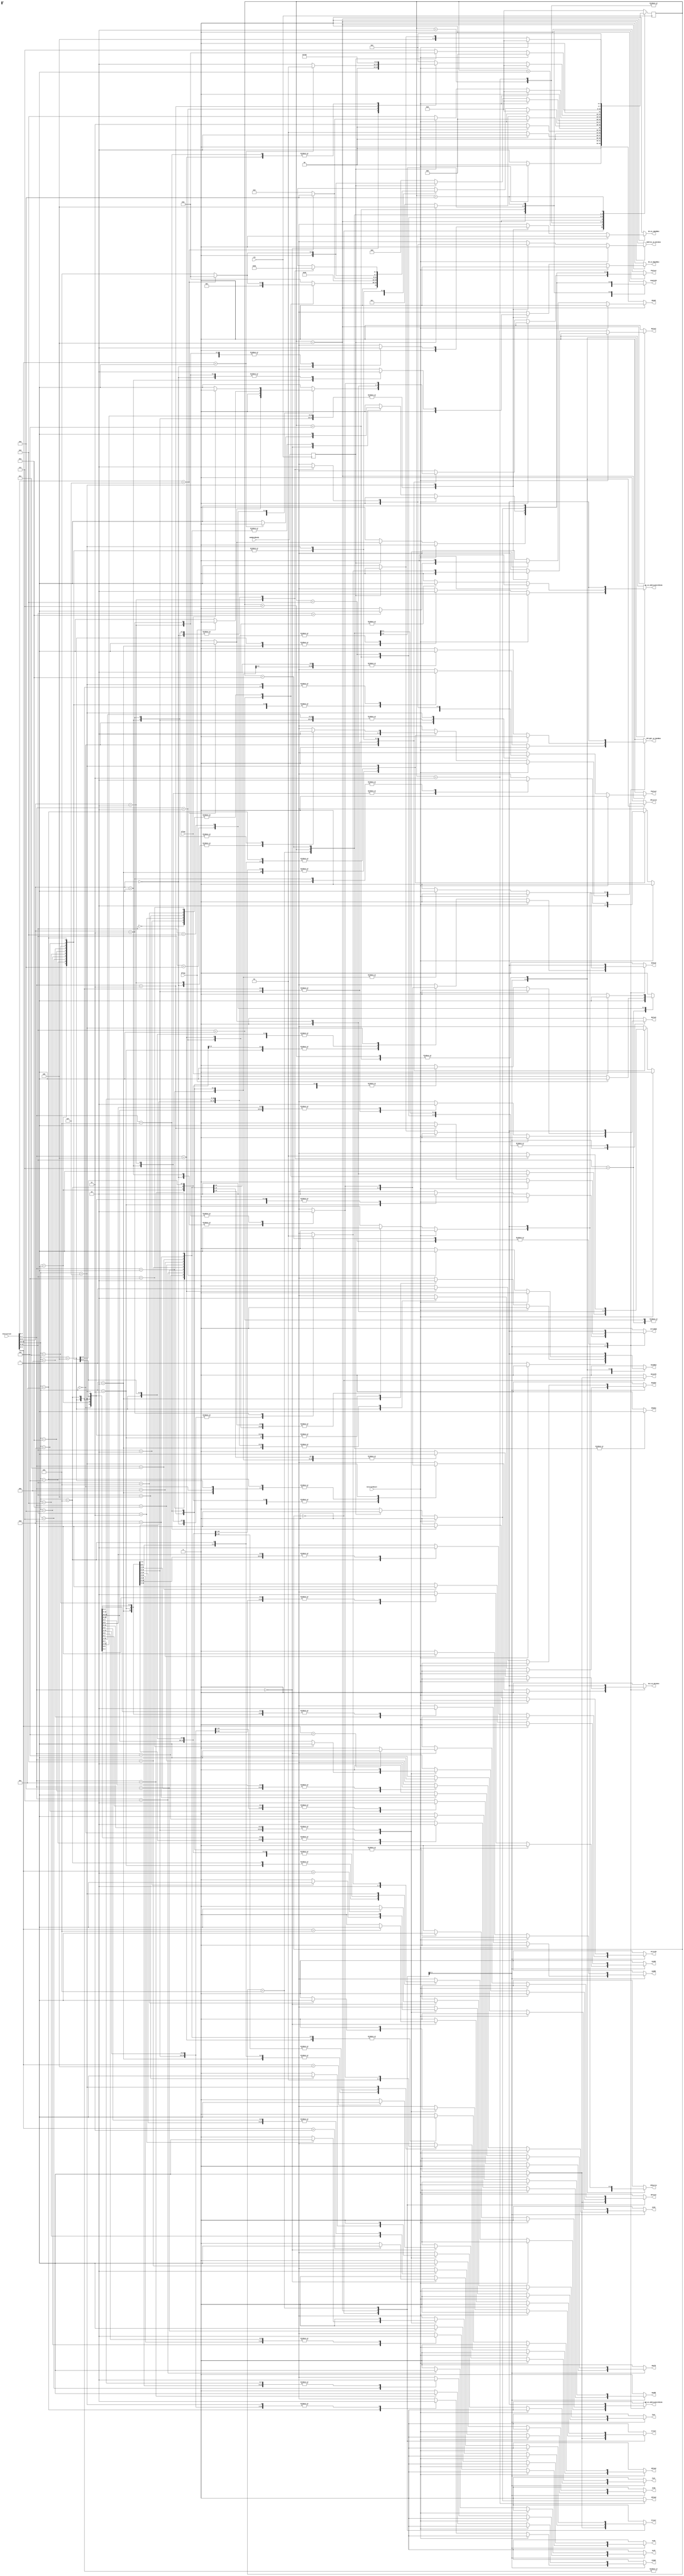
// SAYEH Controller

`timescale 1ns/100ps

module controller (
  ExternalReset, clk,
    ResetPC, PCplusI, PCplus1, RplusI, Rplus0,
    Rs_on_AddressUnitRSide, Rd_on_AddressUnitRSide, EnablePC, 
    B15to0, AandB, AorB, notB, shlB, shrB, AaddB, AsubB, AmulB, AcmpB,
    RFLwrite, RFHwrite,
    WPreset, WPadd, IRload, SRload, 
    Address_on_Databus, ALU_on_Databus, IR_on_LOpndBus, IR_on_HOpndBus, RFright_on_OpndBus,
    ReadMem, WriteMem, ReadIO, WriteIO, Cset, Creset, Zset, Zreset, Shadow,
  Instruction,
  Cflag, Zflag, memDataReady
);

input ExternalReset;
input clk;
input[15:0] Instruction;
input Cflag;
input Zflag;
input memDataReady;

output ResetPC;
output PCplusI;
output PCplus1;
output RplusI;
output Rplus0;
output Rs_on_AddressUnitRSide;
output Rd_on_AddressUnitRSide;
output EnablePC;
output B15to0;
output AandB;
output AorB;
output notB;
output shlB;
output shrB;
output AaddB;
output AsubB;
output AmulB;
output AcmpB;
output RFLwrite;
output RFHwrite;
output WPreset;
output WPadd;
output IRload;
output SRload;
output Address_on_Databus;
output ALU_on_Databus;
output IR_on_LOpndBus;
output IR_on_HOpndBus;
output RFright_on_OpndBus;
output ReadMem;
output WriteMem;
output ReadIO;
output WriteIO;
output Cset;
output Creset;
output Zset;
output Zreset;
output Shadow;

reg ResetPC;
reg PCplusI;
reg PCplus1;
reg RplusI;
reg Rplus0;
reg Rs_on_AddressUnitRSide;
reg Rd_on_AddressUnitRSide;
reg EnablePC;
reg B15to0;
reg AandB;
reg AorB;
reg notB;
reg shlB;
reg shrB;
reg AaddB;
reg AsubB;
reg AmulB;
reg AcmpB;
reg RFLwrite;
reg RFHwrite;
reg WPreset;
reg WPadd;
reg IRload;
reg SRload;
reg Address_on_Databus;
reg ALU_on_Databus;
reg IR_on_LOpndBus;
reg IR_on_HOpndBus;
reg RFright_on_OpndBus;
reg ReadMem;
reg WriteMem;
reg ReadIO;
reg WriteIO;
reg Cset;
reg Creset;
reg Zset;
reg Zreset;
reg Shadow;
    
reg[3:0] Pstate, Nstate;
reg Regd_MemDataReady;

wire ShadowEn = ~(Instruction[7:0] == 8'b00001111);

//--------------------------------------------------------------------


  always @ (Instruction or Pstate or ExternalReset or Cflag or Zflag or Regd_MemDataReady)
  begin    
    ResetPC 			   = 1'b0;
    PCplusI 			   = 1'b0;
    PCplus1 			   = 1'b0;
    RplusI 				   = 1'b0;
    Rplus0  			   = 1'b0;
    EnablePC 			   = 1'b0;
    B15to0 				   = 1'b0;
    AandB 				   = 1'b0;
    AorB 				   = 1'b0;
    notB 				   = 1'b0;
    shrB 				   = 1'b0;
    shlB 				   = 1'b0;
    AaddB  				   = 1'b0;
    AsubB 				   = 1'b0;
    AmulB  				   = 1'b0;
    AcmpB  				   = 1'b0;
    RFLwrite			   = 1'b0;
    RFHwrite 			   = 1'b0;
    WPreset				   = 1'b0;
    WPadd				   = 1'b0;
    IRload 				   = 1'b0;
    SRload  			   = 1'b0;
    Address_on_Databus 	   = 1'b0;
    ALU_on_Databus 		   = 1'b0;
    IR_on_LOpndBus 		   = 1'b0;
    IR_on_HOpndBus		   = 1'b0;
    RFright_on_OpndBus 	   = 1'b0;
    ReadMem 			   = 1'b0;
    WriteMem 			   = 1'b0;
    ReadIO 				   = 1'b0;
    WriteIO 			   = 1'b0;
    Shadow				   = 1'b0;
    Cset				   = 1'b0;
    Creset				   = 1'b0;
    Zset				   = 1'b0;
    Zreset				   = 1'b0;
    Rs_on_AddressUnitRSide = 1'b0;
    Rd_on_AddressUnitRSide = 1'b0;

    case (Pstate)
    4'b0000 : // 0000
      if(ExternalReset == 1'b1) begin
        WPreset = 1'b1;
        ResetPC = 1'b1;
        EnablePC=1'b1;
        Creset = 1'b1;
        Zreset = 1'b1;
        Nstate = 4'b0000;
      end
      else
        Nstate = 4'b0010;

    4'b0001 : // 0001
      if(ExternalReset == 1'b1)
        Nstate = 4'b0010;
      else
        Nstate = 4'b0001;

    4'b0010 : // 0010
      if(ExternalReset == 1'b1)
        Nstate = 4'b0000;
      else begin
        ReadMem = 1'b1;
        Nstate = 4'b0011;
      end 

    4'b0011 : // 0011
      if(ExternalReset == 1'b1)
        Nstate = 4'b0000;
      else begin
        if (Regd_MemDataReady == 1'b0) begin
          ReadMem = 1'b1;
          Nstate = 4'b0011;
        end
        else begin   
          ReadMem = 1'b1;
          IRload = 1'b1;   
          Nstate = 4'b0100;
        end
      end

    4'b0100 : // 0100
      if(ExternalReset == 1'b1)
        Nstate = 4'b0000;
      else begin
        case (Instruction[15:12])
        4'b0000 :
          case (Instruction[11:8]) 
          4'b0000 :
            if (ShadowEn==1'b1)  
              Nstate = 4'b0101;
            else begin
              PCplus1 = 1'b1;
              EnablePC=1'b1;
              Nstate = 4'b0010;
            end

          4'b0001 :
            Nstate = 4'b0001;

          4'b0010 : begin
            Zset = 1'b1;
            if (ShadowEn==1'b1)  
              Nstate = 4'b0101;
            else begin
              PCplus1 = 1'b1;
              EnablePC=1'b1;
              Nstate = 4'b0010; 
            end
          end

          4'b0011 : begin
            Zreset = 1'b1;
            if (ShadowEn==1'b1)  
              Nstate = 4'b0101;
            else begin
              PCplus1 = 1'b1;
              EnablePC=1'b1;
              Nstate = 4'b0010; 
            end
          end

          4'b0100 : begin
            Cset = 1'b1;
            if (ShadowEn==1'b1)  
              Nstate = 4'b0101;
            else begin
              PCplus1 = 1'b1;
              EnablePC=1'b1;
              Nstate = 4'b0010; 
            end
          end

          4'b0101 : begin
            Creset = 1'b1;
            if (ShadowEn==1'b1)  
              Nstate = 4'b0101;
            else begin
              PCplus1 = 1'b1;
              EnablePC=1'b1;
              Nstate = 4'b0010; 
            end
          end

          4'b0110 : begin
            WPreset = 1'b1;
            if (ShadowEn==1'b1)  
              Nstate = 4'b0101;
            else begin
              PCplus1 = 1'b1;
              EnablePC=1'b1;
              Nstate = 4'b0010; 
            end
          end

          4'b0111 : begin
            PCplusI = 1'b1;
            EnablePC=1'b1;
            Nstate = 4'b0010;
          end

          4'b1000 : begin
            if(Zflag == 1'b1) begin
              PCplusI = 1'b1;
              EnablePC=1'b1;
            end
            else begin
              PCplus1 = 1'b1;
              EnablePC=1'b1;
            end
            Nstate = 4'b0010;
          end

          4'b1001 : begin
            if(Cflag == 1'b1) begin 
              PCplusI = 1'b1;
              EnablePC=1'b1;
            end
            else begin
              PCplus1 = 1'b1;
              EnablePC=1'b1;
            end  
            Nstate = 4'b0010;
          end

          4'b1010 : begin
            PCplus1 = 1'b1;
            EnablePC = 1'b1;
            WPadd = 1'b1;
            Nstate = 4'b0010;
          end

          default: begin
            PCplus1 = 1'b1;
            EnablePC = 1'b1;
            Nstate = 4'b0010;
          end
          endcase

        4'b0001 : begin
          RFright_on_OpndBus = 1'b1;
          B15to0 = 1'b1;
          ALU_on_Databus = 1'b1;
          RFLwrite = 1'b1;
          RFHwrite = 1'b1;
          SRload = 1'b1;
          if (ShadowEn==1'b1)  
            Nstate = 4'b0101;
          else begin
            PCplus1 = 1'b1;
            EnablePC=1'b1;
            Nstate = 4'b0010; 
          end
        end

        4'b0010 : begin
          Rplus0 = 1'b1;
          Rs_on_AddressUnitRSide = 1'b1;
          ReadMem = 1'b1;
            RFLwrite = 1'b1;
            RFHwrite = 1'b1;
          Nstate = 4'b0110;
        end

        4'b0011 : begin
          Rplus0 = 1'b1;
          Rd_on_AddressUnitRSide = 1'b1;
          RFright_on_OpndBus = 1'b1;
          B15to0 = 1'b1;
          ALU_on_Databus = 1'b1;
          WriteMem = 1'b1;
            Nstate = 4'b1001;
//					if (ShadowEn==1'b1)  
//						Nstate = 4'b0101;
//					else
//						Nstate = 4'b1000; 
        end

        4'b0100 : begin
          Rplus0 = 1'b1;
          Rs_on_AddressUnitRSide = 1'b1;
          ReadIO = 1'b1;
          RFLwrite = 1'b1;
          RFHwrite = 1'b1;
          SRload = 1'b1;
          if (ShadowEn==1'b1)  
            Nstate = 4'b0101;
          else
            Nstate = 4'b1000; 
        end

        4'b0101 : begin
          Rplus0 = 1'b1;
          Rd_on_AddressUnitRSide = 1'b1;
          B15to0 = 1'b1;
          ALU_on_Databus = 1'b1;
          WriteIO = 1'b1;
          if (ShadowEn==1'b1)  
            Nstate = 4'b0101;
          else
            Nstate = 4'b1000; 
        end

        4'b0110 : begin
          RFright_on_OpndBus = 1'b1;
          AandB = 1'b1;
          ALU_on_Databus = 1'b1;
          RFLwrite = 1'b1;
          RFHwrite = 1'b1;
          SRload = 1'b1;
          if (ShadowEn==1'b1)  
            Nstate = 4'b0101;
          else begin
            PCplus1 = 1'b1;
            EnablePC=1'b1;
            Nstate = 4'b0010; 
          end
        end

        4'b0111 : begin
          RFright_on_OpndBus = 1'b1;
          AorB = 1'b1;
          ALU_on_Databus = 1'b1;
          RFLwrite = 1'b1;
          RFHwrite = 1'b1;
          SRload = 1'b1;
          if (ShadowEn==1'b1)  
            Nstate = 4'b0101;
          else begin
            PCplus1 = 1'b1;
            EnablePC=1'b1;
            Nstate = 4'b0010; 
          end
        end

        4'b1000 : begin
          RFright_on_OpndBus = 1'b1;
          notB = 1'b1;
          ALU_on_Databus = 1'b1;
          RFLwrite = 1'b1;
          RFHwrite = 1'b1;
          SRload = 1'b1;
          if (ShadowEn==1'b1)
            Nstate = 4'b0101;
          else begin
            PCplus1 = 1'b1;
            EnablePC=1'b1;
            Nstate = 4'b0010; 
          end
        end

        4'b1001 : begin
          RFright_on_OpndBus = 1'b1;
          shlB = 1'b1;
          ALU_on_Databus = 1'b1;
          RFLwrite = 1'b1;
          RFHwrite = 1'b1;
          SRload = 1'b1;
          if (ShadowEn==1'b1)  
            Nstate = 4'b0101;
          else begin
            PCplus1 = 1'b1;
            EnablePC=1'b1;
            Nstate = 4'b0010; 
          end
        end

        4'b1010 : begin
          RFright_on_OpndBus = 1'b1;
          shrB = 1'b1;
          ALU_on_Databus = 1'b1;
          RFLwrite = 1'b1;
          RFHwrite = 1'b1;
          SRload = 1'b1;
          if (ShadowEn==1'b1)  
            Nstate = 4'b0101;
          else begin
            PCplus1 = 1'b1;
            EnablePC=1'b1;
            Nstate = 4'b0010; 
          end
        end

        4'b1011 : begin
          RFright_on_OpndBus = 1'b1;
          AaddB = 1'b1;
          ALU_on_Databus = 1'b1;
          RFLwrite = 1'b1;
          RFHwrite = 1'b1;
          SRload = 1'b1;
          if (ShadowEn==1'b1)  
            Nstate = 4'b0101;
          else begin
            PCplus1 = 1'b1;
            EnablePC=1'b1;
            Nstate = 4'b0010; 
          end
        end

        4'b1100 : begin
          RFright_on_OpndBus = 1'b1;
          AsubB = 1'b1;
          ALU_on_Databus = 1'b1;
          RFLwrite = 1'b1;
          RFHwrite = 1'b1;
          SRload = 1'b1;
          if (ShadowEn==1'b1)  
            Nstate = 4'b0101;
          else begin
            PCplus1 = 1'b1;
            EnablePC=1'b1;
            Nstate = 4'b0010; 
          end
        end

        4'b1101 : begin
          RFright_on_OpndBus = 1'b1;
          AmulB = 1'b1;
          ALU_on_Databus = 1'b1;
          RFLwrite = 1'b1;
          RFHwrite = 1'b1;
          SRload = 1'b1;
          if (ShadowEn==1'b1)  
            Nstate = 4'b0101;
          else begin
            PCplus1 = 1'b1;
            EnablePC=1'b1;
            Nstate = 4'b0010; 
          end
        end

        4'b1110 : begin
          RFright_on_OpndBus = 1'b1;
          AcmpB = 1'b1;
          SRload = 1'b1;
          if (ShadowEn==1'b1)  
            Nstate = 4'b0101;
          else begin
            PCplus1 = 1'b1;
            EnablePC=1'b1;
            Nstate = 4'b0010; 
          end
        end

        4'b1111 :
          case (Instruction[9: 8]) 
          2'b00 : begin
            IR_on_LOpndBus = 1'b1;
            ALU_on_Databus = 1'b1;
            B15to0 = 1'b1;
            RFLwrite = 1'b1;
            SRload = 1'b1;
            PCplus1 = 1'b1;
            EnablePC=1'b1;
            Nstate = 4'b0010;
          end

          2'b01 : begin
            IR_on_HOpndBus = 1'b1;
            ALU_on_Databus = 1'b1;
            B15to0 = 1'b1;
            RFHwrite = 1'b1;
            SRload = 1'b1;
            PCplus1 = 1'b1;
            EnablePC=1'b1;
            Nstate = 4'b0010;
          end

          2'b10 : begin
            PCplusI = 1'b1;
            Address_on_Databus = 1'b1;
            RFLwrite = 1'b1;
            RFHwrite = 1'b1;
           // EnablePC=1'b1; //commented by ati
		   Nstate = 4'b1000; //added by ati
          //  Nstate = 4'b0010; //commented by ati
          end

          2'b11 : begin
            Rd_on_AddressUnitRSide = 1'b1;
            RplusI = 1'b1;
            EnablePC=1'b1;
            Nstate = 4'b0010; 
          end

          default:
            Nstate = 4'b0010;
          endcase

        default :
          Nstate = 4'b0010;
        endcase
      end 

    4'b0110 : 
      if(ExternalReset == 1'b1)
        Nstate = 4'b0000;
      else begin
        if (Regd_MemDataReady == 1'b0) begin
          Rplus0 = 1'b1;
          Rs_on_AddressUnitRSide = 1'b1;
          ReadMem = 1'b1;
           RFLwrite = 1'b1;
            RFHwrite = 1'b1;
            Nstate = 4'b0110;
        end
        else begin  
          if (ShadowEn==1'b1)  
            Nstate = 4'b0101;
          else begin
            PCplus1 = 1'b1;
            EnablePC=1'b1;
            Nstate = 4'b0010;
          end
        end
      end
  
    4'b1001 :
     if (ExternalReset ==1'b1) 
            Nstate = 4'b0000;
     else begin
       if (Regd_MemDataReady == 1'b0) begin
             Rplus0 = 1'b1;
             Rd_on_AddressUnitRSide = 1'b1;
             RFright_on_OpndBus = 1'b1;
             B15to0 = 1'b1;
             ALU_on_Databus = 1'b1;
             WriteMem = 1'b1;
             Nstate = 4'b1001;
        end
        else begin  
         if (ShadowEn == 1'b1)
              Nstate = 4'b0101;
         else
            Nstate = 4'b1000; 
        end
    end

    4'b0101 : begin // 0101
      Shadow=1'b1;
      if(ExternalReset == 1'b1)
        Nstate = 4'b0000;
      else begin
        case (Instruction[7:4])
        4'b0000 :
          case (Instruction[3: 0]) 
          4'b0001 :
            Nstate = 4'b0001;

          4'b0010 : begin
            Zset = 1'b1;
            PCplus1 = 1'b1;
            EnablePC = 1'b1;
            Nstate = 4'b0010;
          end

          4'b0011 : begin
            Zreset = 1'b1;
            PCplus1 = 1'b1;
            EnablePC = 1'b1;
            Nstate = 4'b0010; 
          end

          4'b0100 : begin
            Cset = 1'b1;
            PCplus1 = 1'b1;
            EnablePC = 1'b1;
            Nstate = 4'b0010; 
          end

          4'b0101 : begin
            Creset = 1'b1;
            PCplus1 = 1'b1;
            EnablePC = 1'b1;
            Nstate = 4'b0010; 
          end

          4'b0110 : begin
            WPreset = 1'b1;
            PCplus1 = 1'b1;
            EnablePC = 1'b1;
            Nstate = 4'b0010; 
          end

          default : begin
            PCplus1 = 1'b1;
            EnablePC = 1'b1;
            Nstate = 4'b0010;
          end
          endcase
        4'b0001 : begin
          RFright_on_OpndBus = 1'b1;
          B15to0 = 1'b1;
          ALU_on_Databus = 1'b1;
          RFLwrite = 1'b1;
          RFHwrite = 1'b1;
          SRload = 1'b1;
          PCplus1 = 1'b1;
          EnablePC = 1'b1;
          Nstate = 4'b0010; 
        end

        4'b0010 : begin
          Rplus0 = 1'b1;
          Rs_on_AddressUnitRSide = 1'b1;
          ReadMem = 1'b1;
           RFLwrite = 1'b1;
            RFHwrite = 1'b1;
          Nstate = 4'b0111;
        end

        4'b0011 : begin
          Rplus0 = 1'b1;
          Rd_on_AddressUnitRSide = 1'b1;
          RFright_on_OpndBus = 1'b1;
          B15to0 = 1'b1;
          ALU_on_Databus = 1'b1;
          WriteMem = 1'b1;
          Nstate = 4'b1010; 
        end

        4'b0100 : begin
          Rplus0 = 1'b1;
          Rs_on_AddressUnitRSide = 1'b1;
          ReadIO = 1'b1;
          RFLwrite = 1'b1;
          RFHwrite = 1'b1;
          SRload = 1'b1;
          Nstate = 4'b1000; 
        end

        4'b0101 : begin
          Rplus0 = 1'b1;
          Rd_on_AddressUnitRSide = 1'b1;
          B15to0 = 1'b1;
          ALU_on_Databus = 1'b1;
          WriteIO = 1'b1;
          Nstate = 4'b1000; 
        end

        4'b0110 : begin
          RFright_on_OpndBus = 1'b1;
          AandB = 1'b1;
          ALU_on_Databus = 1'b1;
          RFLwrite = 1'b1;
          RFHwrite = 1'b1;
          SRload = 1'b1;
          PCplus1 = 1'b1;
          EnablePC = 1'b1;
          Nstate = 4'b0010; 
        end

        4'b0111 : begin
          RFright_on_OpndBus = 1'b1;
          AorB = 1'b1;
          ALU_on_Databus = 1'b1;
          RFLwrite = 1'b1;
          RFHwrite = 1'b1;
          SRload = 1'b1;
          PCplus1 = 1'b1;
          EnablePC = 1'b1;
          Nstate = 4'b0010; 
        end

        4'b1000 : begin
          RFright_on_OpndBus = 1'b1;
          notB = 1'b1;
          ALU_on_Databus = 1'b1;
          RFLwrite = 1'b1;
          RFHwrite = 1'b1;
          SRload = 1'b1;
          PCplus1 = 1'b1;
          EnablePC = 1'b1;
          Nstate = 4'b0010; 
        end

        4'b1001 : begin
          RFright_on_OpndBus = 1'b1;
          shlB = 1'b1;
          ALU_on_Databus = 1'b1;
          RFLwrite = 1'b1;
          RFHwrite = 1'b1;
          SRload = 1'b1;
          PCplus1 = 1'b1;
          EnablePC = 1'b1;
          Nstate = 4'b0010; 
        end

        4'b1010 : begin
          RFright_on_OpndBus = 1'b1;
          shrB = 1'b1;
          ALU_on_Databus = 1'b1;
          RFLwrite = 1'b1;
          RFHwrite = 1'b1;
          SRload = 1'b1;
          PCplus1 = 1'b1;
          EnablePC = 1'b1;
          Nstate = 4'b0010; 
        end

        4'b1011 : begin
          RFright_on_OpndBus = 1'b1;
          AaddB = 1'b1;
          ALU_on_Databus = 1'b1;
          RFLwrite = 1'b1;
          RFHwrite = 1'b1;
          SRload = 1'b1;
          PCplus1 = 1'b1;
          EnablePC = 1'b1;
          Nstate = 4'b0010; 
        end

        4'b1100 : begin
          RFright_on_OpndBus = 1'b1;
          AsubB = 1'b1;
          ALU_on_Databus = 1'b1;
          RFLwrite = 1'b1;
          RFHwrite = 1'b1;
          SRload = 1'b1;
          PCplus1 = 1'b1;
          EnablePC = 1'b1;
          Nstate = 4'b0010; 
        end

        4'b1101 : begin
          RFright_on_OpndBus = 1'b1;
          AmulB = 1'b1;
          ALU_on_Databus = 1'b1;
          RFLwrite = 1'b1;
          RFHwrite = 1'b1;
          SRload = 1'b1;
          PCplus1 = 1'b1;
          EnablePC = 1'b1;
          Nstate = 4'b0010; 
        end

        4'b1110 : begin
          RFright_on_OpndBus = 1'b1;
          AcmpB = 1'b1;
          SRload = 1'b1;
          PCplus1 = 1'b1;
          EnablePC = 1'b1;
          Nstate = 4'b0010; 
        end

        default:
          Nstate = 4'b0010;

        endcase
      end
    end

    4'b0111 : begin
      Shadow=1'b1;
      if(ExternalReset == 1'b1)
        Nstate = 4'b0000;
      else begin
        if (Regd_MemDataReady == 1'b0) begin
          Rplus0 = 1'b1;
          Rs_on_AddressUnitRSide = 1'b1;
          ReadMem = 1'b1;
            RFLwrite = 1'b1;
            RFHwrite = 1'b1;
          Nstate = 4'b0111;
        end
        else begin   
          PCplus1 = 1'b1;
          EnablePC = 1'b1;
          Nstate = 4'b0010;
        end
      end
    end

    4'b1010 : begin
     Shadow = 1'b1;
     if (ExternalReset == 1'b1) 
            Nstate = 4'b0000;
     else begin
       if (Regd_MemDataReady == 1'b0) begin
             Rplus0 = 1'b1;
             Rd_on_AddressUnitRSide = 1'b1;
             RFright_on_OpndBus = 1'b1;
             B15to0 = 1'b1;
             ALU_on_Databus = 1'b1;
             WriteMem = 1'b1;
             Nstate = 4'b1001;
        end
        else begin  
             Nstate = 4'b1000; 
        end
      end

    end

    4'b1000 : begin
      PCplus1 = 1'b1;
      EnablePC = 1'b1;
      Nstate = 4'b0010;
    end
    
    default:  Nstate = 4'b0000;

    endcase
  end

  always @ (posedge clk) begin
    Regd_MemDataReady <= memDataReady;
    Pstate <= Nstate;
  end

endmodule